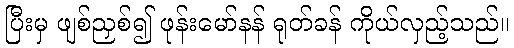
ပြီးမှ ဖျစ်ညှစ်၍ ဖုန်းမော်နန် ရုတ်ခန် ကိုယ်လှည့်သည်။